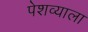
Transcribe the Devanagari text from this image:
पेशव्याला